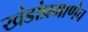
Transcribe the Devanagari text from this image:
खंडांप्रमाणेच